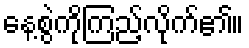
နေ့စွဲကိုကြည့်လိုက်၏။